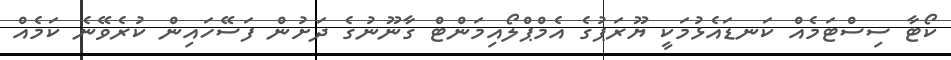
ކޯޓާ ސިސްޓަމެއް ކަނޑައެޅުމަކީ ޔޫރަޕުގެ އެމްޕްލޯއިމަންޓް ގާނޫނުގެ ދަށުން ފަސޭހައިން ކުރެވޭނެ ކަމެއް